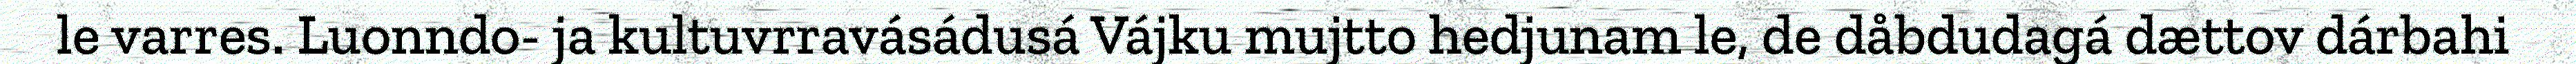
le varres. Luonndo- ja kultuvrravásádusá Vájku mujtto hedjunam le, de dåbdudagá dættov dárbahi